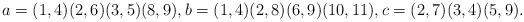
LaTeX: \begin{align*}a = (1,4)(2,6)(3,5)(8,9), b = (1,4)(2,8)(6,9)(10,11), c = (2,7)(3,4)(5,9).\end{align*}